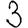
Digit: 3